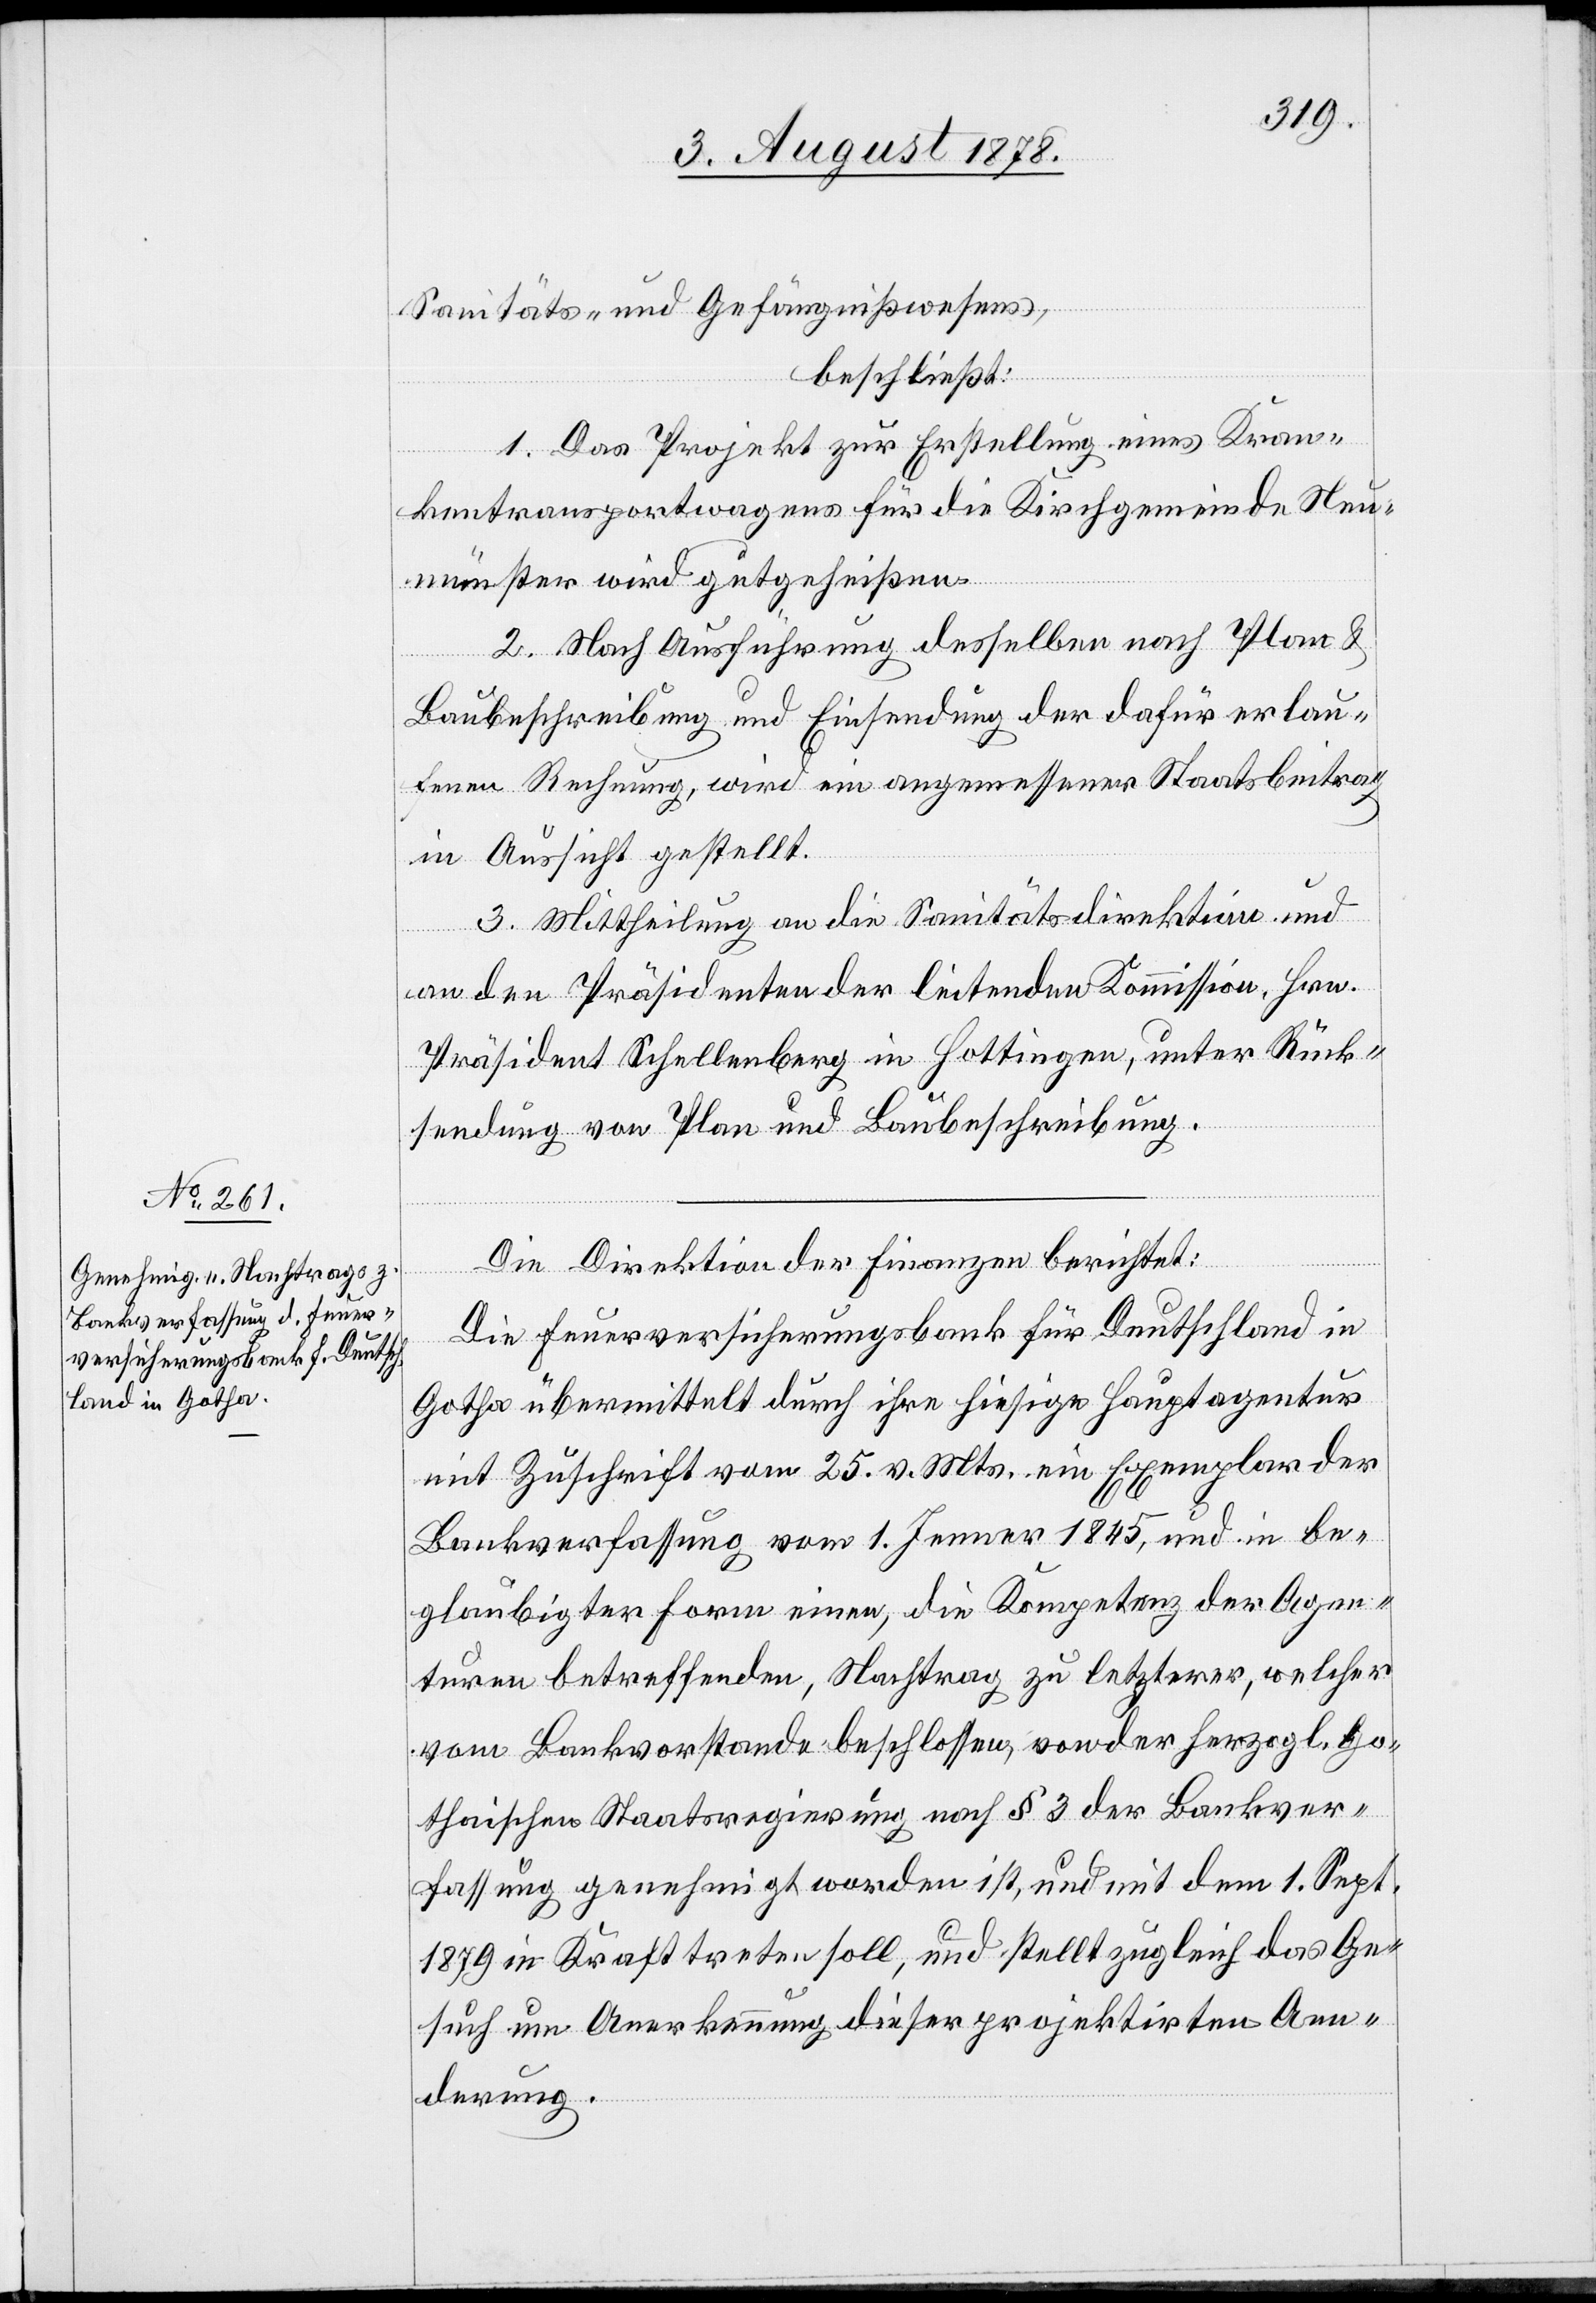
Sanitäts- & Gefängnißwesens,
beschließt:
1. Das Projekt zur Erstellung eines Kran¬
kentransportwagens für die Kirchgemeinde Neu¬
münster wird gutgeheißen.
2. Nach Ausführung desselben nach Plan &
Baubeschreibung und Einsendung der dafür erlau¬
fenen Rechnung, wird ein angemessener Staatsbeitrag
in Aussicht gestellt.
3. Mittheilung an die Sanitätsdirektion und
an den Präsidenten der leitenden Kommission, Hrn.
Präsident Schellenberg in Hottingen, unter Rück¬
sendung von Plan und Baubeschreibung.
Die Direktion der Finanzen berichtet:
Die Feuerversicherungsbank für Deutschland in
Gotha übermittelt durch ihre hiesige Hauptagentur
mit Zuschrift vom 25. v. Mts. ein Exemplar der
Bankverfassung vom 1. Jenner 1845, und in be¬
glaubigter Form einen, die Kompetenz der Agen¬
turen betreffenden, Nachtrag zu letzterer, welcher
vom Bankvorstande beschlossen, von der herzogl. Go¬
thaischen Staatsregierung nach § 3 der Bankver¬
fassung genehmigt worden ist, und mit dem 1. Sept.
1879 in Kraft treten soll, und stellt zugleich das Ge¬
such um Anerkennung dieser projektirten Aen¬
derung.